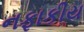
નફાકીય